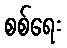
စစ်ရေး